Leaving Certificate Examination, 1911
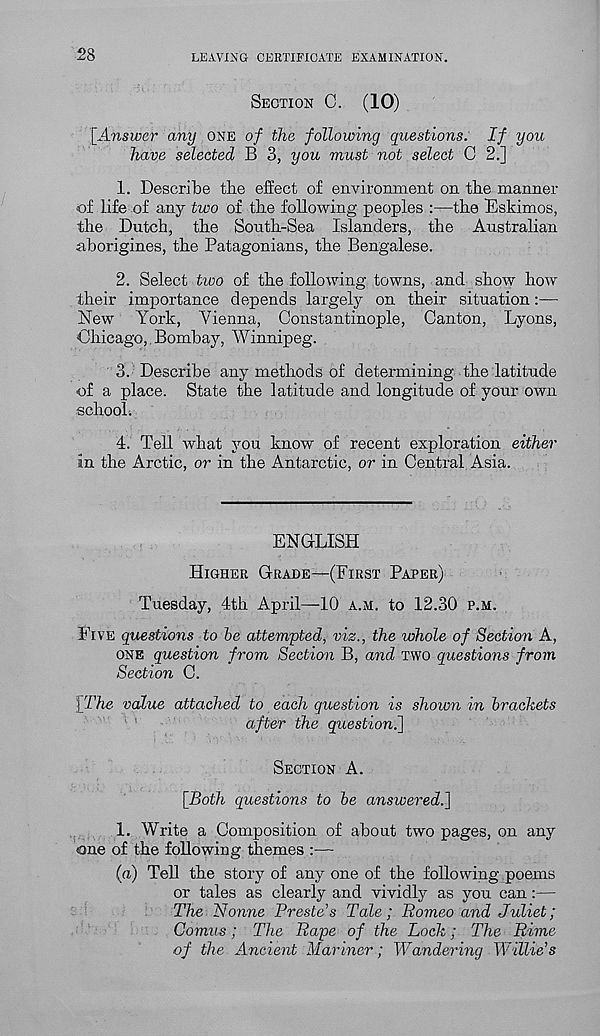
28
LEAVING CERTIFICATE EXAMINATION.
SECTION C.
(10)
[Answer any ONE of the following questions. If you
have selected B 3, you must not select C 2.]
1. Describe the effect of environment on tbe manner
of life of any two of tbe following peoples :—the Eskimos,
the Dutch, the South-Sea Islanders, the Australian
aborigines, the Patagonians, the Bengalese.
2. Select two of the following towns, and show how
their importance depends largely on their situation
New York, Vienna, Constantinople, Canton, Lyons,
Chicago, Bombay, Winnipeg.
3. Describe any methods of determining the latitude
of a place. State the latitude and longitude of your own
school.
4. Tell what you know of recent exploration either
in the Arctic, or in the Antarctic, or in Central Asia.
ENGLISH
HIGHER GRADE—(FIRST PAPER)
Tuesday, 4th April—10 A.M. to 12.30 P.M.
FIVE questions to be attempted, viz., the whole of Section A,
ONE question from Section B, and TWO questions from
Section C.
[The value attached to each question is shown in brackets
after the questioni]
SECTION A.
[Both questions to be answered.]
1. Write a Composition of about two pages, on any
one of the following themes :—
(a) Tell the story of any one of the following poems
or tales as clearly and vividly as you can:—
The Nonne Presto’s Tale; Romeo and Juliet;
Comus; The Rape of the Lock; The Rime
of the Ancient Mariner; Wandering Willie’s